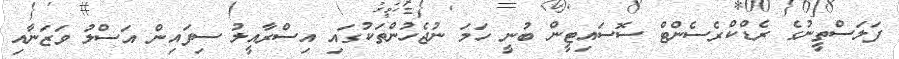
ފަލަސްތީނުގެ ރެޑްކްރެސެންޓް ސޮސައިޓީން ބުނީ ހަމަ ނުޖެހުންތަކުގައި އިސްރާއީލު ސިފައިން އަސްލު ވަޒަނާއި